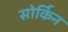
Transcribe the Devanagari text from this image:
सोर्किन